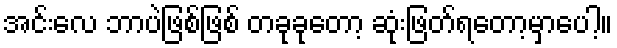
အင်းလေ ဘာပဲဖြစ်ဖြစ် တခုခုတော့ ဆုံးဖြတ်ရတော့မှာပေါ့။